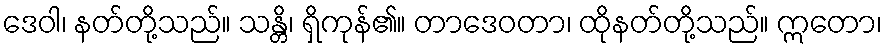
ဒေဝါ၊ နတ်တို့သည်။ သန္တိ၊ ရှိကုန်၏။ တာဒေဝတာ၊ ထိုနတ်တို့သည်။ ဣတော၊